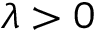
\lambda > 0